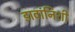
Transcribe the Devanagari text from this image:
डावांनिशी